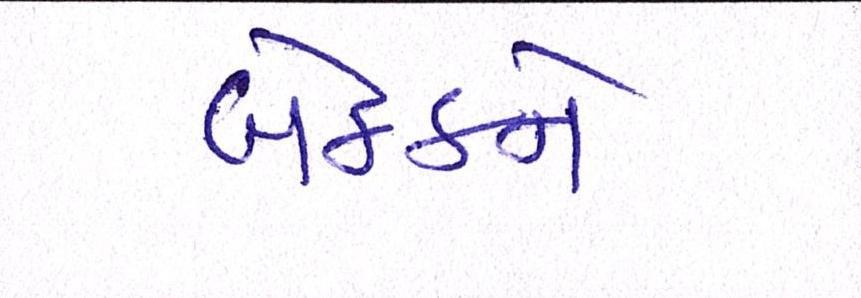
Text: બેઠકને